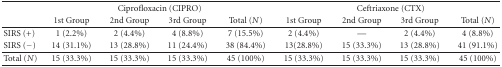
<table><thead><tr><td><b> </b></td><td colspan="4"><b>Ciprofloxacin (CIPRO)</b></td><td colspan="4"><b>Ceftriaxone (CTX)</b></td></tr><tr><td><b> </b></td><td><b>1st Group</b></td><td><b>2nd Group</b></td><td><b>3rd Group</b></td><td><b>Total (<i>N</i>)</b></td><td><b>1st Group</b></td><td><b>2nd Group</b></td><td><b>3rd Group</b></td><td><b>Total (<i>N</i>)</b></td></tr></thead><tbody><tr><td>SIRS (+)</td><td>1 (2.2%)</td><td>2 (4.4%)</td><td>4 (8.8%)</td><td>7 (15.5%)</td><td>2 (4.4%)</td><td>—</td><td>2 (4.4%)</td><td>4 (8.8%)</td></tr><tr><td>SIRS (−)</td><td>14 (31.1%)</td><td>13 (28.8%)</td><td>11 (24.4%)</td><td>38 (84.4%)</td><td>13 (28.8%)</td><td>15 (33.3%)</td><td>13 (28.8%)</td><td>41 (91.1%)</td></tr><tr><td>Total (<i>N</i>)</td><td>15 (33.3%)</td><td>15 (33.3%)</td><td>15 (33.3%)</td><td>45 (100%)</td><td>15 (33.3%)</td><td>15 (33.3%)</td><td>15 (33.3%)</td><td>45 (100%)</td></tr></tbody></table>